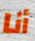
أنا